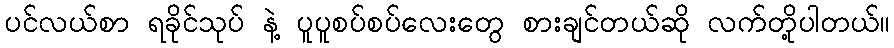
ပင်လယ်စာ ရခိုင်သုပ် နဲ့ ပူပူစပ်စပ်လေးတွေ စားချင်တယ်ဆို လက်တို့ပါတယ်။